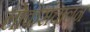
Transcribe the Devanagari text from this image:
लोकसंचालन